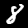
Label: 8